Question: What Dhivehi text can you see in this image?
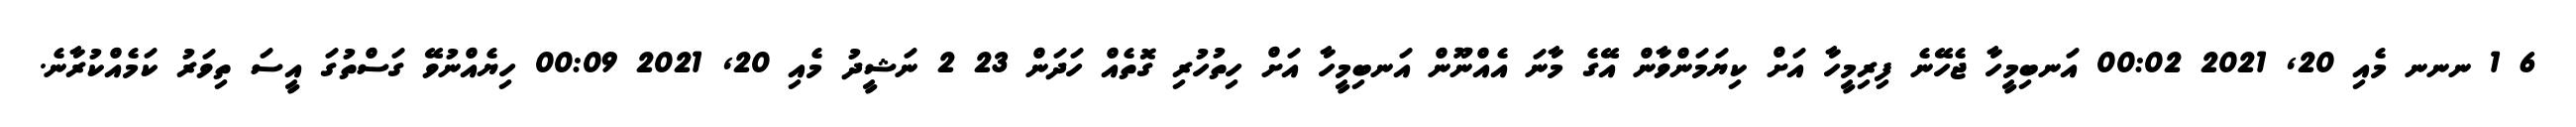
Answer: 6 1 ނނނ މެއި 20, 2021 00:02 އަނބިމީހާ ޖެހޭނެ ފިރިމީހާ އަށް ކިޔަމަންވާން އޭގެ މާނަ އެއްނޫން އަނބިމީހާ އަށް ހިތުހުރި ގޮތެއް ހަދަން 23 2 ނަޝީދު މެއި 20, 2021 00:09 ހިޔެއްނުވޭ ގަސްތުގަ އީސަ ތިވަރު ކަމެއްކުރާނެ.